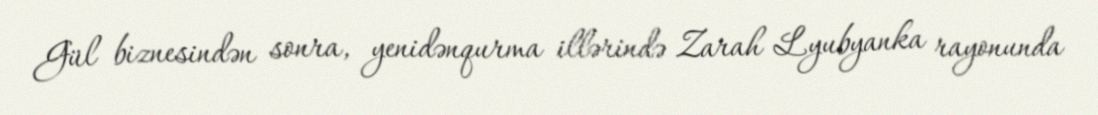
Gül biznesindən sonra, yenidənqurma illərində Zarah Lyubyanka rayonunda